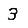
Digit: 3